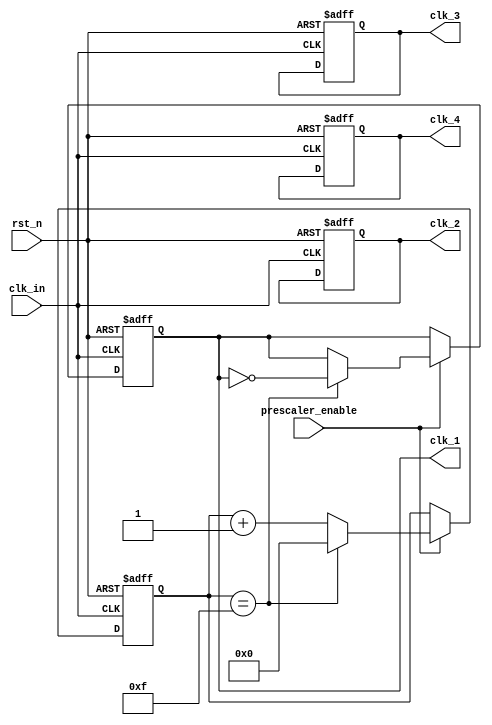
// Use least counter to generate multi-prescaler
// User manual: 
//      * Single-prescaler mode: 
//          - HARDCONFIG_DIV (hard config divivder) must be divisible by 2     
//          - Clock out of this mode is clk_out_1
//      * Multi-prescale mode:
//          - HARDCONFIG_DIV (hard config divivder) must be power of 2 (greater than 32)     
//          - Clocks out of this mode consist of clk_1 & clk_2 & clk_3 & clk_4 

module prescaler_module
    #(
        parameter IDLE_CLK          = 0,    // HIGH/LOW
        parameter REVERSE_CLK       = 0,    // True/False
        parameter HARDCONFIG_DIV    = 32,   // Must be divisible by 2
        parameter MULTI_PRESCALER   = 0,    // MULTI_PRES / SINGLE_PRES
        
        
        parameter COUNTER_WIDTH= $clog2(HARDCONFIG_DIV / 2)
    )
    (
        input   wire            clk_in,
        input   wire            prescaler_enable,  
        input   wire            rst_n,
        
        output  wire            clk_1,  // prescaler / 1 (clock use in single-prescaler mode)
        output  wire            clk_2,  // prescaler / 2
        output  wire            clk_3,  // prescaler / 4
        output  wire            clk_4   // prescaler / 8
    );
    localparam MSB_COUNTER_CLK_2 = (COUNTER_WIDTH >= 2) ? 2 : 0;
    localparam MSB_COUNTER_CLK_3 = (COUNTER_WIDTH >= 3) ? 3 : 0;
    localparam MSB_COUNTER_CLK_4 = (COUNTER_WIDTH >= 4) ? 4 : 0;
    
    reg [COUNTER_WIDTH - 1:0] counter;
    
    reg clk_out_1;
    reg clk_out_2;
    reg clk_out_3;
    reg clk_out_4;
    
    always @(posedge clk_in, negedge rst_n) begin
        if(!rst_n) begin
            clk_out_1 <= IDLE_CLK;
            clk_out_2 <= IDLE_CLK;
            clk_out_3 <= IDLE_CLK;
            clk_out_4 <= IDLE_CLK;
            counter <= (HARDCONFIG_DIV / 2) - 1;
        end
        else begin
            if(prescaler_enable) begin
                clk_out_1 <= (counter == (HARDCONFIG_DIV / 2) - 1) ? ~clk_out_1 : clk_out_1;
                if(MULTI_PRESCALER) begin
                    clk_out_2 <= (&counter[COUNTER_WIDTH - MSB_COUNTER_CLK_2:0]) ? ~clk_out_2 : clk_out_2;
                    clk_out_3 <= (&counter[COUNTER_WIDTH - MSB_COUNTER_CLK_3:0]) ? ~clk_out_3 : clk_out_3;
                    clk_out_4 <= (&counter[COUNTER_WIDTH - MSB_COUNTER_CLK_4:0]) ? ~clk_out_4 : clk_out_4;
                end
                else begin
                    clk_out_2 <= clk_out_2;
                    clk_out_3 <= clk_out_3;
                    clk_out_4 <= clk_out_4;
                end
                // Counter management
                counter <= (counter == (HARDCONFIG_DIV / 2) - 1) ? 0 : counter + 1;
                
            end
        end
    end
    
    generate
        if(REVERSE_CLK) begin
            assign clk_1 = ~clk_out_1;       
            assign clk_2 = ~clk_out_2;       
            assign clk_3 = ~clk_out_3;       
            assign clk_4 = ~clk_out_4;       
        end
        else begin
            assign clk_1 = clk_out_1;       
            assign clk_2 = clk_out_2;       
            assign clk_3 = clk_out_3;       
            assign clk_4 = clk_out_4;
        end
    endgenerate
endmodule